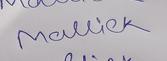
Signature authenticity: genuine